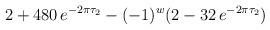
LaTeX: \begin{align*}2+ 480\, e^{-2\pi\tau_2}- (-1)^w (2-32\, e^{-2\pi\tau_2})\end{align*}